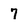
Character: 7